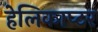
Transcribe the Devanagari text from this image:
हेलिकाप्‍टर